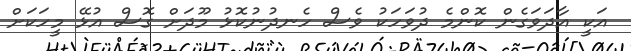
އަކީ އާދަވަގެން ކޮންމެ ދުވަހަކު ވެސް ހެނދުނުކޮޅު މޫދަށް ގޮސް އުޅޭ މީހަކަށް